Report of the King Institute of Preventive Medicine, Guindy
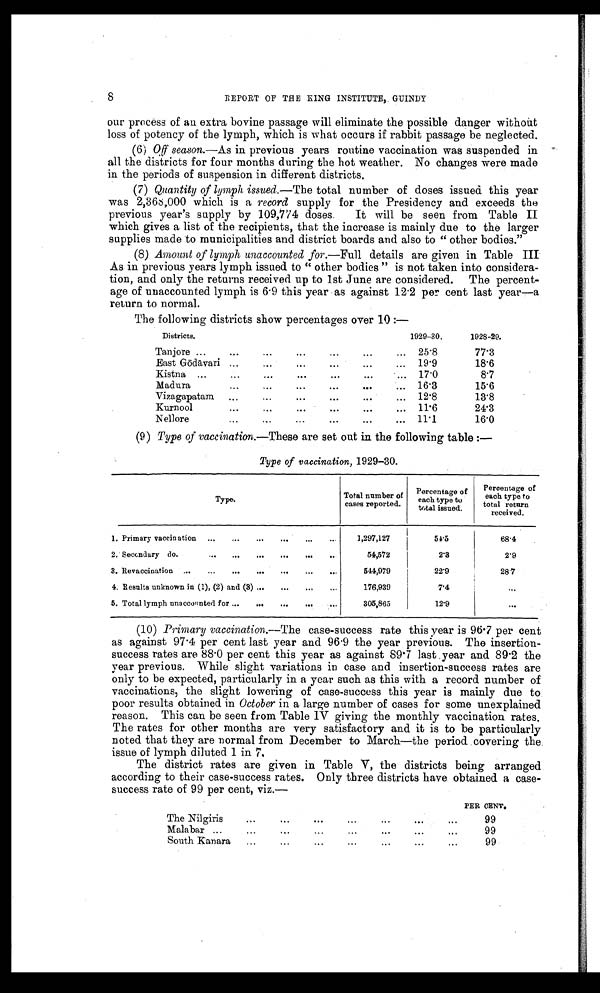
8
REPORT OF THE KING INSTITUTE, GUINDY
our process of an extra bovine passage will eliminate the possible danger without
loss of potency of the lymph, which is what occurs if rabbit passage be neglected.
(6) Off season.—As in previous years routine vaccination was suspended in
all the districts for four months during the hot weather. No changes were made
in the periods of suspension in different districts.
(7) Quantity of lymph issued.— The total number of doses issued this year
was 2,368,000 which is a record supply for the Presidency and exceeds the
previous year's supply by 109,774 doses. It will be seen from Table II
which gives a list of the recipients, that the increase is mainly due to the larger
supplies made to municipalities and district boards and also to " other bodies."
(8) Amount of lymph unaccounted for .—Full details are given in Table III
As in previous years lymph issued to " other bodies " is not taken into considera
-tion, and only the returns received up to 1st June are considered. The percent
-age of unaccounted lymph is 6.9 this year as against 12.2 per cent last year—a
return to normal.
The following districts show percentages over 10 :—
Districts.
1929-30.
1928-29.
Tanjore ...
...
...
...
...
...
... 25.8
77.3
East Gōdā vari ...
...
...
...
...
... 19.9
18.6
Kistna ...
...
...
...
...
...
... 17.0
8.7
Madura
...
...
...
...
...
... 16.3
15.6
Vizagapatam ...
...
...
...
...
... 12.8
13.8
Kurnool
...
...
...
...
...
... 11.6
24.3
Nellore ...
...
...
...
... 11.1
16.0
(9) Type of vaccination. —These are set out in the following table :—
Type of vaccination, 1929-30.
Type.
Total number of
cases reported.
Percentage of
each type to
total issued.
Percentage of
each type to
total return
received.
1. Primary vaccination ...
...
...
...
...
...
1,297,127
54.5
68.4
2. Secondary do.
54,572
2.3
2.9
3. Revaccination ...
...
...
...
...
...
...
544,979
22.9
28.7
4. Results unknown in (1), (2) and (3) ...
...
...
...
176,939
7.4
...
5. Total lymph unaccounted for ...
...
...
...
...
305,885
12.9
...
(10) Primary vaccination.—The case-success rate this year is 96.7 per cent
as against 97.4 per cent last year and 96.9 the year previous. The insertion
- s u c c e s s r a t e s a r e 8 8 . 0 p e r c e n t t h i s y e a r a s a g a i n s t 8 9 . 7 l a s t y e a r a n d 8 9 . 2 t h e
year previous. While slight variations in case and insertion-success rates are
only to be expected, particularly in a year such as this with a record number of
vaccinations, the slight lowering of case-success this year is mainly due to
poor results obtained in October in a large number of cases for some unexplained
reason. This can be seen from Table IV giving the monthly vaccination rates.
The rates for other months are very satisfactory and it is to be particularly
noted that they are normal from December to March—the period covering the
issue of lymph diluted 1 in 7.
The district rates are given in Table V, the districts being arranged
according to their case-success rates. Only three districts have obtained a case-
success rate of 99 per cent, viz.—
PER CENT.
The Nilgiris
. . . ....
...
...
...
...
99
Malabar ...
...
...
...
...
...
...
...
99
South Kanara
...
...
...
...
...
99